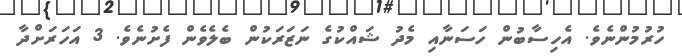
ހުރުމުންނެވެ. އެހިސާބުން ހަސަނާއި މެދު ޝައްކުގެ ނަޒަރަކުން ބެލެވެން ފެށުނެވެ. 3 އަހަރަށްދާ